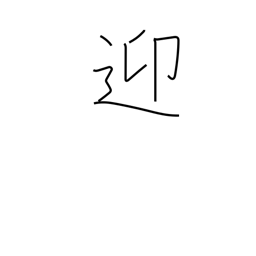
Meaning: meet